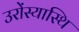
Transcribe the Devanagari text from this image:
उरोंस्यास्थि